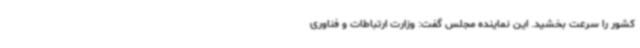
کشور را سرعت بخشید. این نماینده مجلس گفت: وزارت ارتباطات و فناوری